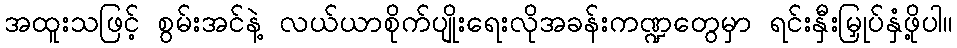
အထူးသဖြင့် စွမ်းအင်နဲ့ လယ်ယာစိုက်ပျိုးရေးလိုအခန်းကဏ္ဍတွေမှာ ရင်းနှီးမြှုပ်နှံဖို့ပါ။